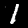
Digit: 1